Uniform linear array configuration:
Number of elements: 24
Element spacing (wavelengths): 0.5
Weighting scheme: exponential
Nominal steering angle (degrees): -30
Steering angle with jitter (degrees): -31.604
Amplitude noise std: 0.05
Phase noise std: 0.05

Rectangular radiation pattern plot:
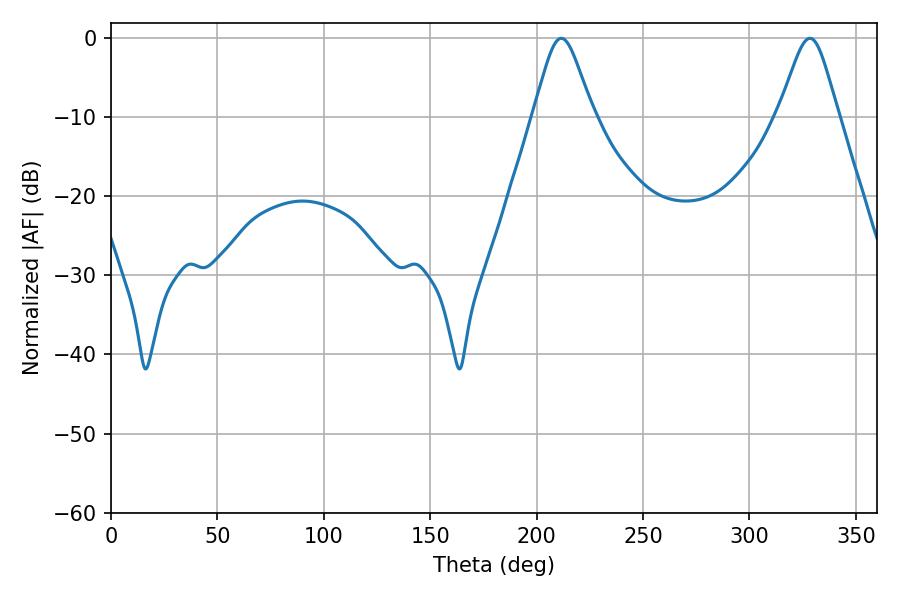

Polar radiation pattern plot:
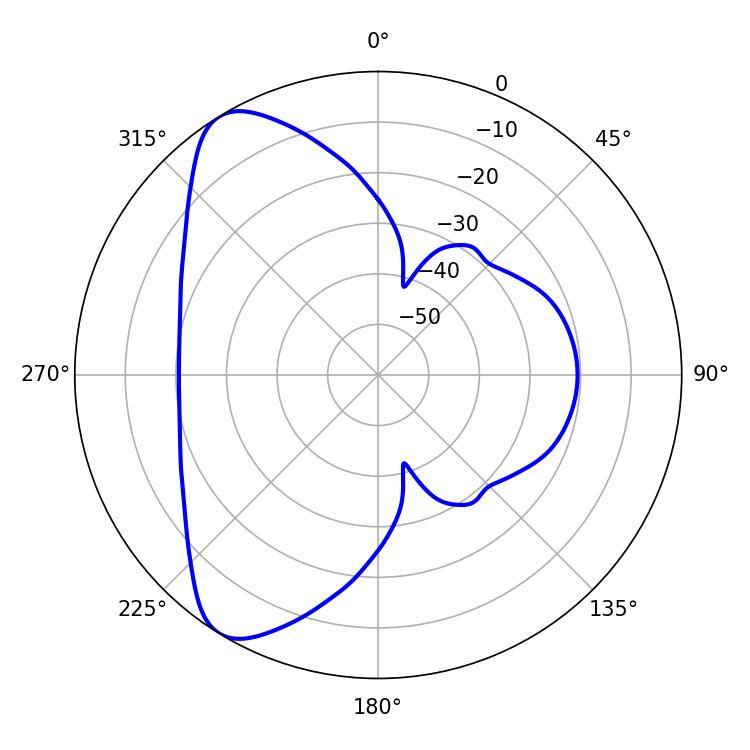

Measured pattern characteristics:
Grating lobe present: FALSE
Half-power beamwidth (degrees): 13.68
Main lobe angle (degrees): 211.5